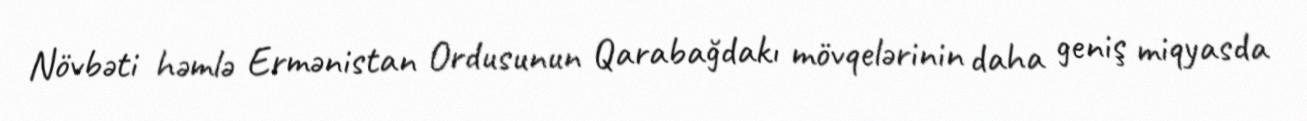
Növbəti həmlə Ermənistan Ordusunun Qarabağdakı mövqelərinin daha geniş miqyasda